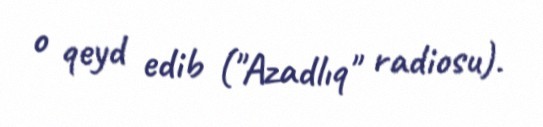
o qeyd edib ("Azadlıq" radiosu).